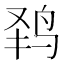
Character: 𱉟